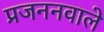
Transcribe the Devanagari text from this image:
प्रजननवाले